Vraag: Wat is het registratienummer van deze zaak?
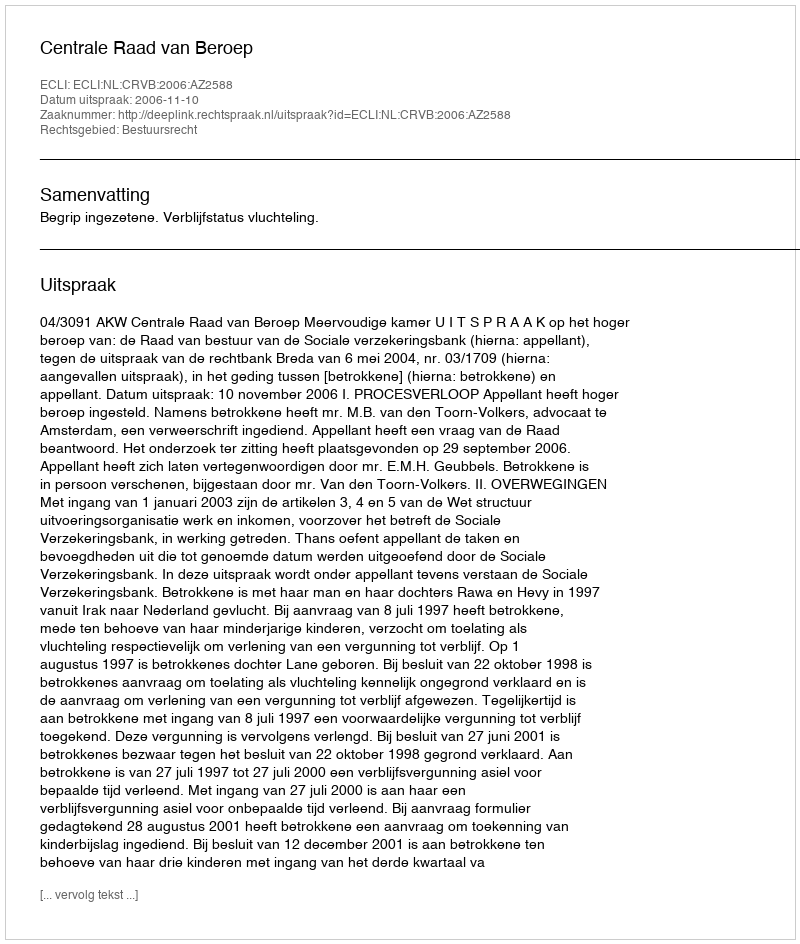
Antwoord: http://deeplink.rechtspraak.nl/uitspraak?id=ECLI:NL:CRVB:2006:AZ2588